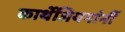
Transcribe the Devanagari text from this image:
कार्थेजियनांनीं